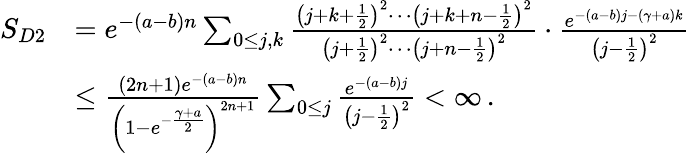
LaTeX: \begin{array}{rl}{S_{D2}}&{=e^{-(a-b)n}\sum_{0\le j,k}\frac{\left(j+k+\frac{1}{2}\right)^{2}\cdots\left(j+k+n-\frac{1}{2}\right)^{2}}{\left(j+\frac{1}{2}\right)^{2}\cdots\left(j+n-\frac{1}{2}\right)^{2}}\cdot\frac{e^{-(a-b)j-(\gamma+a)k}}{\left(j-\frac{1}{2}\right)^{2}}}\\ &{\le\frac{(2n+1)e^{-(a-b)n}}{\left(1-e^{-\frac{\gamma+a}{2}}\right)^{2n+1}}\sum_{0\le j}\frac{e^{-(a-b)j}}{\left(j-\frac{1}{2}\right)^{2}}<\infty\, .}\end{array}